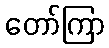
တော်ကြာ